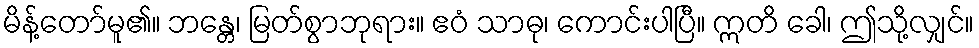
မိန့်တော်မူ၏။ ဘန္တေ၊ မြတ်စွာဘုရား။ ဧဝံ သာဓု၊ ကောင်းပါပြီ။ ဣတိ ခေါ၊ ဤသို့လျှင်။